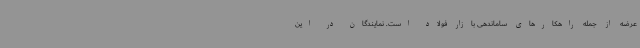
عرضه از جمله راهکارهای ساماندهی بازار فولاد است. نمایندگان در این